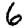
Digit: 6